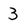
Character: 3